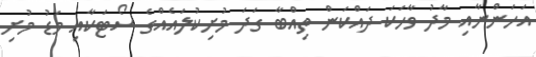
އަހަންނާއި މާދު ވާހަކަ ދައްކަން ތިއްބާ ގަދަ މުށިކުލައެއްގެ ސޯޓަކާއި މަޑު މުށި